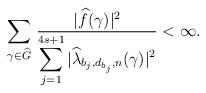
LaTeX: \begin{align*}\sum_{\gamma\in {\widehat G} }\,\frac{|{\widehat f}(\gamma)|^2}{\displaystyle\sum_{j=1}^{4s+1}|{\widehat \lambda_{b_j,d_{b_j},n}}(\gamma)|^{2}}<\infty.\end{align*}